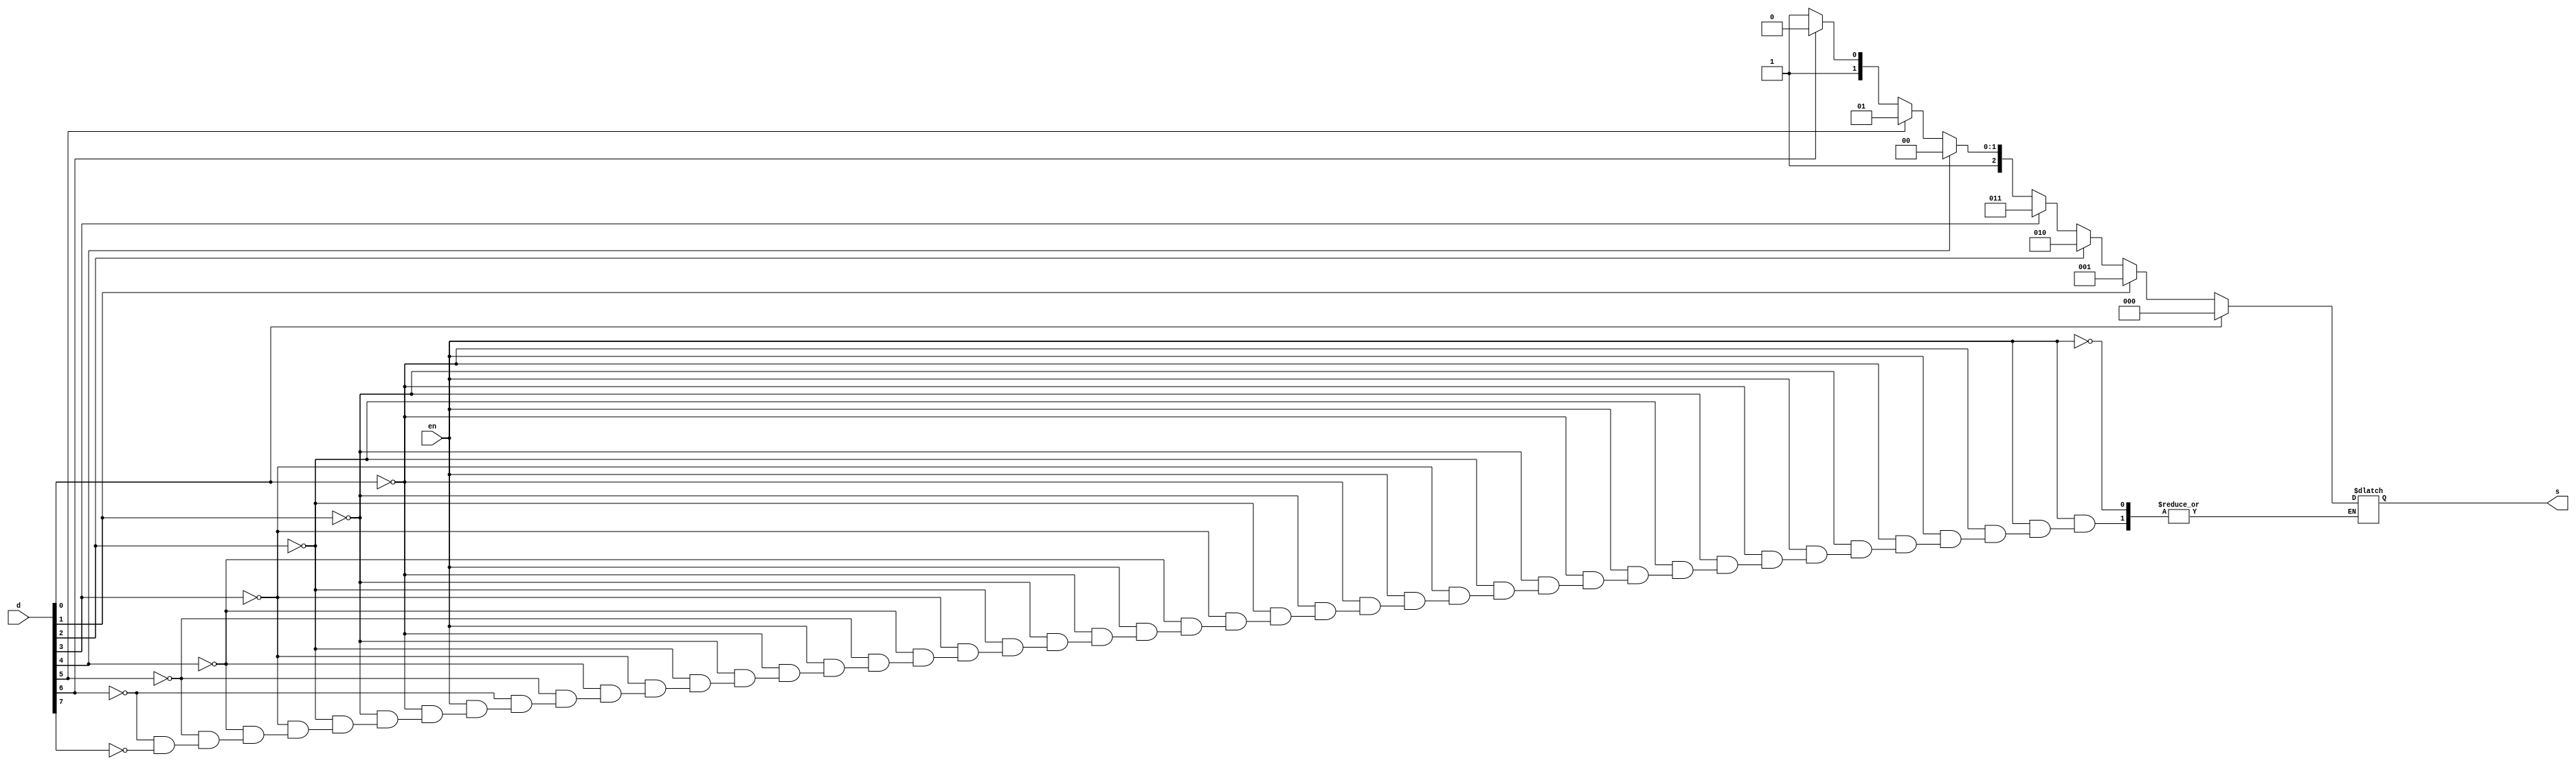
`timescale 1ns / 1ps
module priorityencoder(d,s,en);
output reg [2:0] s;
input [7:0] d;
input en;
always@(*)
begin
if(en==1)
if(d[0]==1)
 s=3'b000;
 
else if(d[1]==1) 
s=3'b001;

else if(d[2]==1)
 s=3'b010;
 
else if(d[3]==1) 
s=3'b011;
else if(d[4]==1) 
s=3'b100;

else if(d[5]==1)
 s=3'b101;
 
else if(d[6]==1) 
s=3'b110;

else if(d[7]==1)
 s=3'b111;

end

endmodule